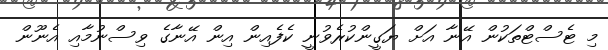
މި ޓެސްޓްތަކުން އޭނާ އަށް ޔަގީންކުރެވުނީ ކެފެއިން އިން އޭނާގެ ވިސްނުމާއި އެނޫން